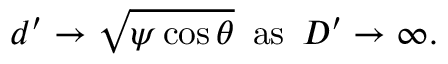
d ^ { \prime } \rightarrow \sqrt { \psi \cos \theta } \, \, \, \mathrm { a s } \, \, \, D ^ { \prime } \rightarrow \infty .